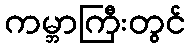
ကမ္ဘာကြီးတွင်